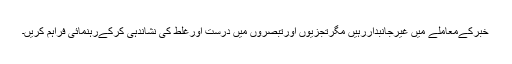
خبرکےمعاملے میں غیرجانبداررہیں مگرتجزیوں اورتبصروں میں درست اورغلط کی نشاندہی کرکےرہنمائی فراہم کریں۔